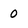
Character: 0